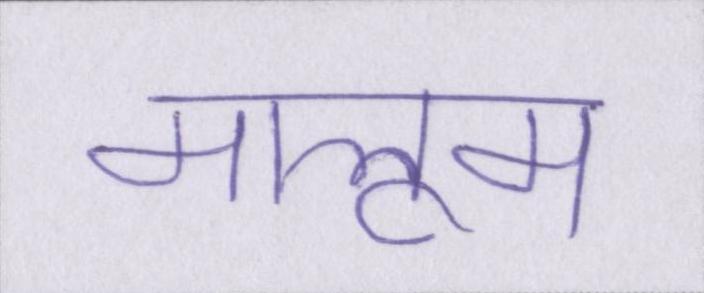
मालूम